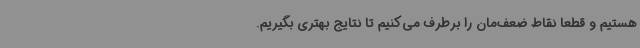
هستیم و قطعا نقاط ضعف‌مان را برطرف می‌کنیم تا نتایج بهتری بگیریم.